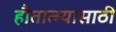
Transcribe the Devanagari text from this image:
हौतात्म्यासाठी